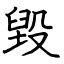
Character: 毀